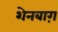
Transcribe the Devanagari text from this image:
शेनबाग़